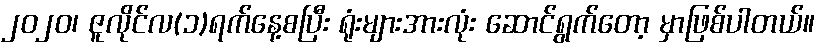
၂၀၂၀၊ ဇူလိုင်လ(၁)ရက်နေ့စပြီး ရုံးများအားလုံး ဆောင်ရွက်တော့ မှာဖြစ်ပါတယ်။